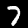
Label: 7